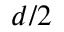
d / 2